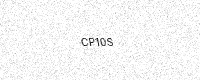
Text: CP10S